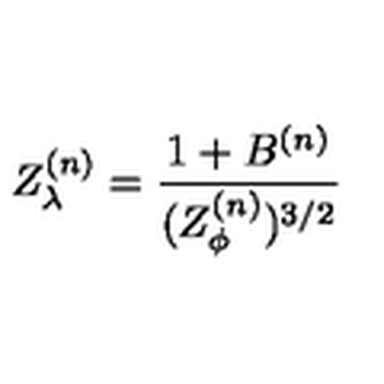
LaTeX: Z _ { \lambda } ^ { ( n ) } = \frac { 1 + B ^ { ( n ) } } { ( Z _ { \phi } ^ { ( n ) } ) ^ { 3 / 2 } }